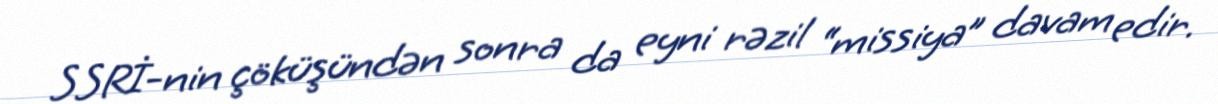
SSRİ-nin çöküşündən sonra da eyni rəzil “missiya” davam edir.